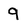
Character: 9